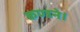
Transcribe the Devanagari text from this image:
कण्डने।